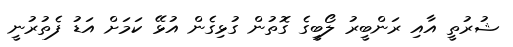
ޝުރުތީ އާއި ރަންބީރު ލޯބީގެ ގޮތުން ގުޅިގެން އުޅޭ ކަމަށް އަޑު ފެތުރުނީ